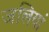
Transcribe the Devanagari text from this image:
जलियां